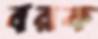
বরক